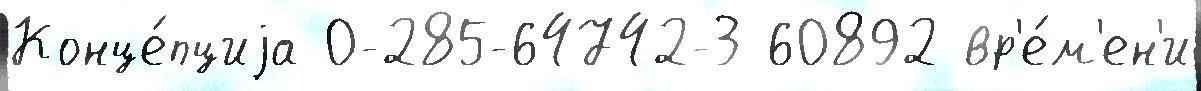
Конце́пциjа 0-285-64742-3 60892 вр'е́м'ен'и